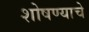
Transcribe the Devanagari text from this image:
शोषण्याचे